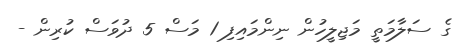
ގެ ސަލާމަތީ މަޖިލީހުން ނިންމައިފި 1 މަސް 5 ދުވަސް ކުރިން -